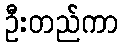
ဦးတည်ကာ